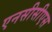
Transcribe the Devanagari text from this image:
एनसीसीएस